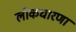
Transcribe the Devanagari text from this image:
लोकधारणा